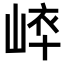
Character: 𡸝